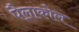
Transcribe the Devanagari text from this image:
पैलाकोल